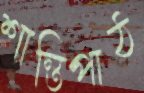
শান্তিপাঠ